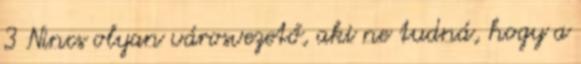
3 Nincs olyan városvezető, aki ne tudná, hogy a